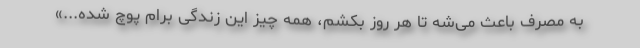
به مصرف باعث می‌شه تا هر روز بکشم، همه چیز این زندگی برام پوچ شده...»